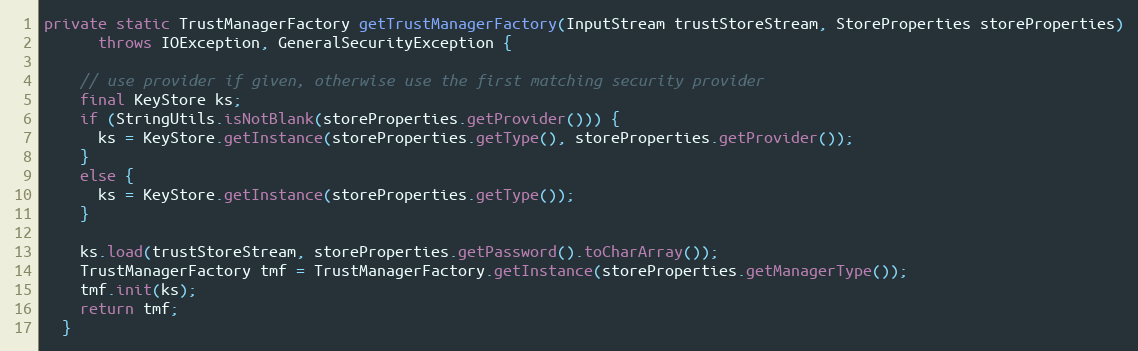
Language: Java
private static TrustManagerFactory getTrustManagerFactory(InputStream trustStoreStream, StoreProperties storeProperties)
      throws IOException, GeneralSecurityException {

    // use provider if given, otherwise use the first matching security provider
    final KeyStore ks;
    if (StringUtils.isNotBlank(storeProperties.getProvider())) {
      ks = KeyStore.getInstance(storeProperties.getType(), storeProperties.getProvider());
    }
    else {
      ks = KeyStore.getInstance(storeProperties.getType());
    }

    ks.load(trustStoreStream, storeProperties.getPassword().toCharArray());
    TrustManagerFactory tmf = TrustManagerFactory.getInstance(storeProperties.getManagerType());
    tmf.init(ks);
    return tmf;
  }